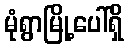
မုံရွာမြို့ပေါ်ရှိ